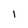
Character: I